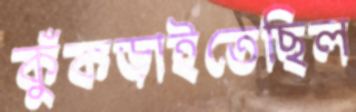
কুঁকড়াইতেছিল